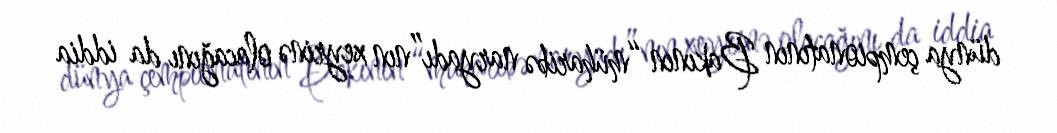
dünya çempionatının Bakının “müharibə naryadı”nın xeyrinə olacağını da iddia